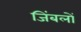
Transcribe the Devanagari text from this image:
जिंबलों